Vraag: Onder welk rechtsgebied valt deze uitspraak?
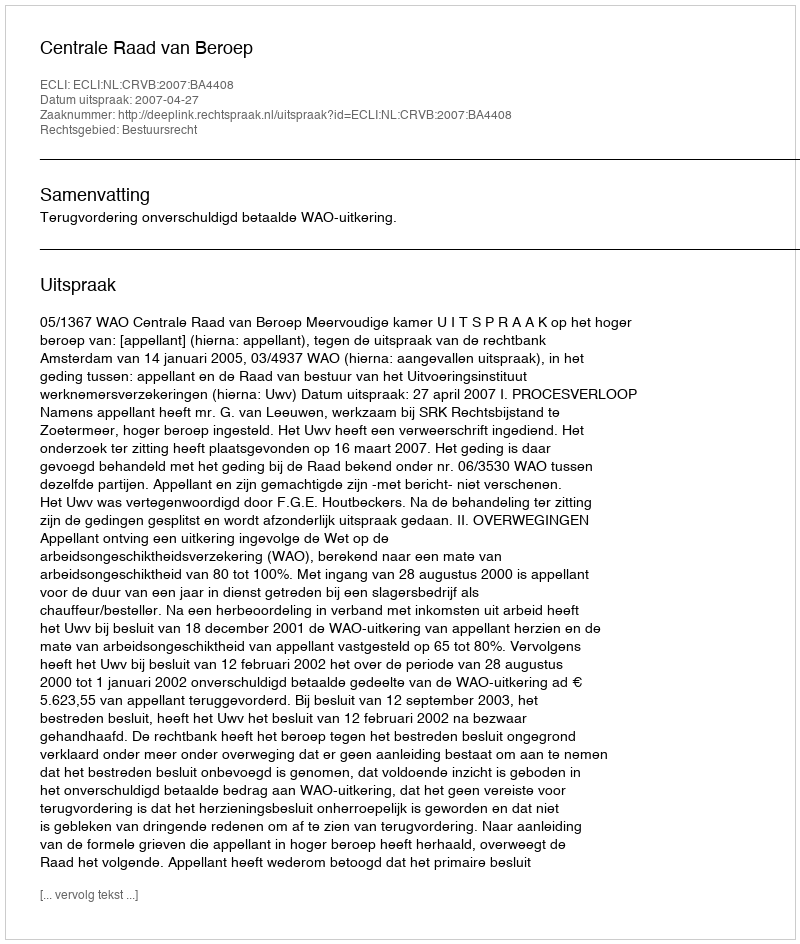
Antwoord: Bestuursrecht